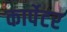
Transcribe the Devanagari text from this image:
कार्पेटर